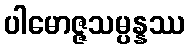
ပါမောဇ္ဇသမ္ပန္နဿ